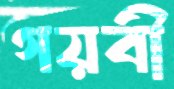
গয়বী